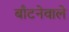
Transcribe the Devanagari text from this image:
बाँटनेवाले